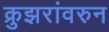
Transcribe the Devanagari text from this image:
क्रुझरांवरुन